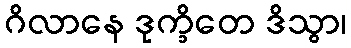
ဂိလာနေ ဒုက္ခိတေ ဒိသွာ၊